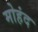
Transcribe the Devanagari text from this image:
मोहंद